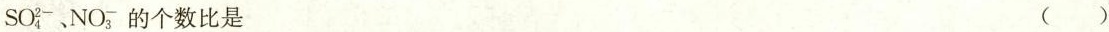
SO_{4}^{2-}、NO_{3}^{-}的个数比是 ()